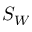
S _ { W }